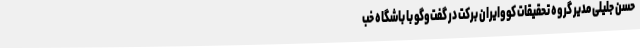
حسن جلیلی مدیر گروه تحقیقات کووایران برکت در گفت‌وگو با باشگاه خب